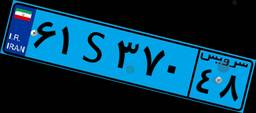
۶۱S۳۷۰۴۸